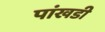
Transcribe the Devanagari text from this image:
पांखडी